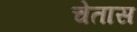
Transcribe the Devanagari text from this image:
चेतास